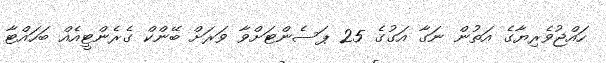
ހައްޖުވެރިޔާގެ އަތުން ނަގާ އަގުގެ 25 ޕަސެންޓަށްވާ ވަރަށް ބޭންކް ގެރެންޓީއެއް ބަހައްޓާ